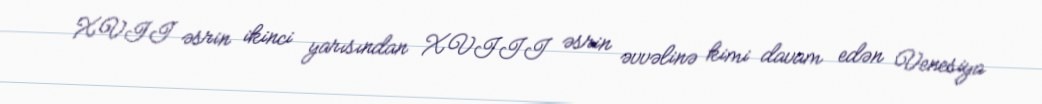
XVII əsrin ikinci yarısından XVIII əsrin əvvəlinə kimi davam edən Venesiya